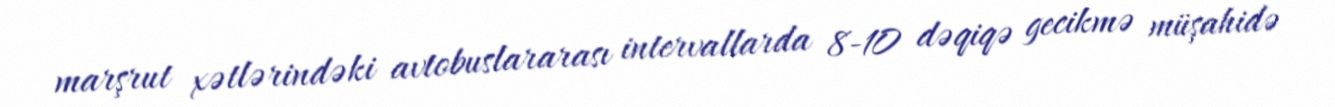
marşrut xətlərindəki avtobuslararası intervallarda 8-10 dəqiqə gecikmə müşahidə